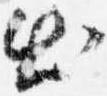
出